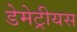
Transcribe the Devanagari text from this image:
डेमेट्रीयस